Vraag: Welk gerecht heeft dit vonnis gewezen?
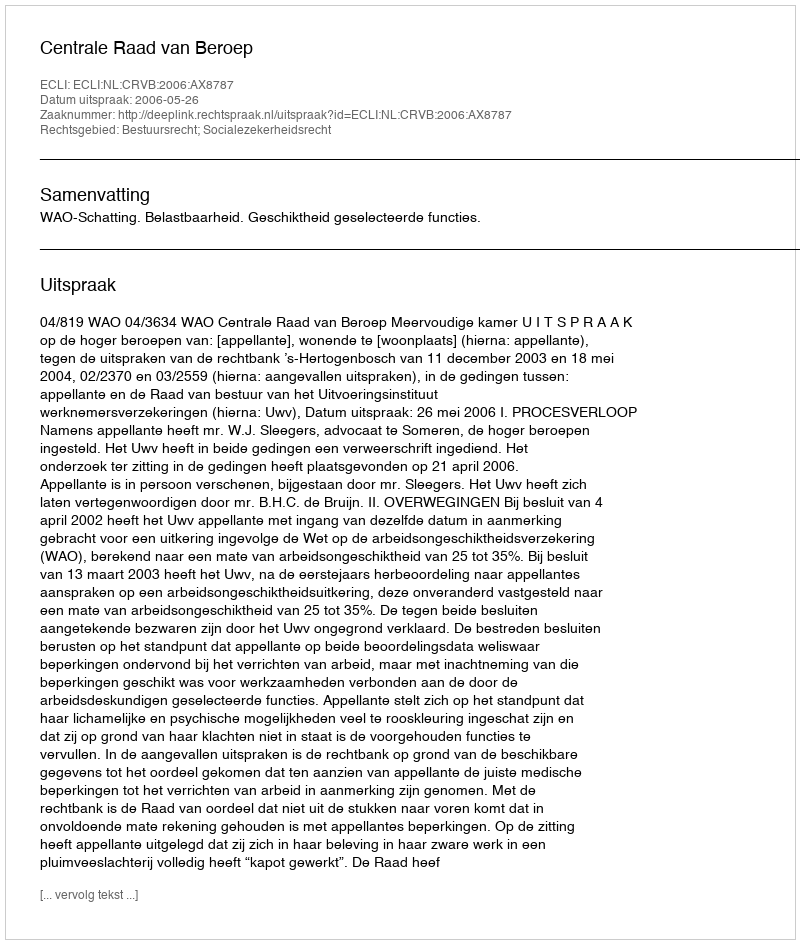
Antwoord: Centrale Raad van Beroep